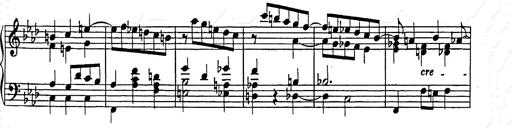
Title: Weinen, Klagen, Sorgen, Zagen
Composer: Franz Liszt